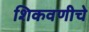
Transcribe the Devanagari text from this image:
शिकवणीचे